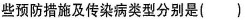
门窗桌椅。从预防传染病的角度看，这些预防措施及传染病类型分别是（）